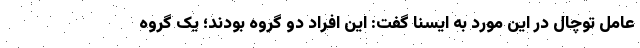
عامل توچال در این مورد به ایسنا گفت: این افراد دو گروه بودند؛ یک گروه